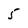
Character: 5